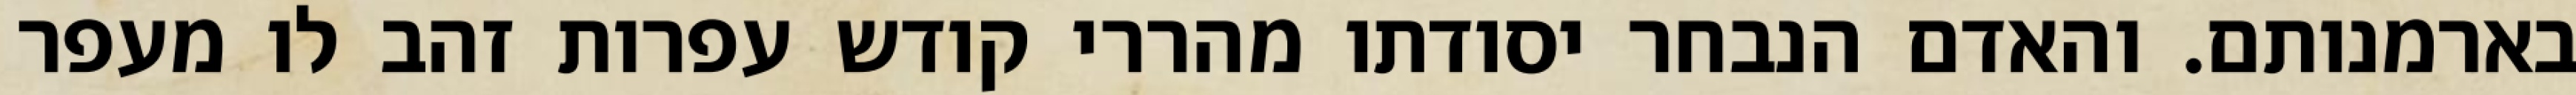
בארמנותם. והאדם הנבחר יסודתו מהררי קודש עפרות זהב לו מעפר